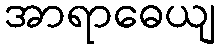
အာရာဓေယျ